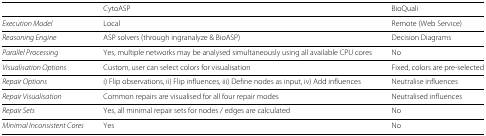
<table><thead><tr><td></td><td><b>CytoASP</b></td><td><b>BioQuali</b></td></tr></thead><tbody><tr><td><i>Execution Model</i></td><td>Local</td><td>Remote (Web Service)</td></tr><tr><td><i>Reasoning Engine</i></td><td>ASP solvers (through ingranalyze &amp; BioASP)</td><td>Decision Diagrams</td></tr><tr><td><i>Parallel Processing</i></td><td>Yes, multiple networks may be analysed simultaneously using all available CPU cores</td><td>No</td></tr><tr><td><i>Visualisation Options</i></td><td>Custom, user can select colors for visualisation</td><td>Fixed, colors are pre-selected</td></tr><tr><td><i>Repair Options</i></td><td>i) Flip observations, ii) Flip influences, iii) Define nodes as input, iv) Add influences</td><td>Neutralise influences</td></tr><tr><td><i>Repair Visualisation</i></td><td>Common repairs are visualised for all four repair modes</td><td>Neutralised influences</td></tr><tr><td><i>Repair Sets</i></td><td>Yes, all minimal repair sets for nodes / edges are calculated</td><td>No</td></tr><tr><td><i>Minimal Inconsistent Cores</i></td><td>Yes</td><td>No</td></tr></tbody></table>